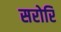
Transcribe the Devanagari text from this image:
सरोरि